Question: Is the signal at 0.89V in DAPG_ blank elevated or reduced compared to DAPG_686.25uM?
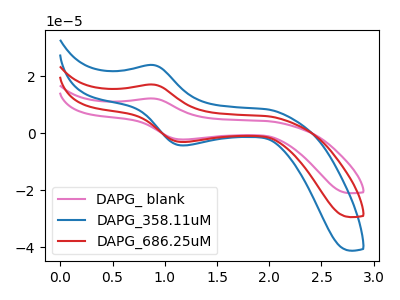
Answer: <think>The pink curve "DAPG_ blank" has an anodic peak at (0.90V, 12.25uA) and a cathodic peak at (1.15V, -2.15uA). The blue curve "DAPG_358.11uM" has an anodic peak at (0.90V, 34.30uA) and a cathodic peak at (1.15V, -6.10uA). The red curve "DAPG_686.25uM" has an anodic peak at (0.90V, 17.15uA) and a cathodic peak at (1.15V, -3.05uA).</think>
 <answer>The peak at 0.89V is lower in "DAPG_ blank" than in "DAPG_686.25uM".</answer>
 <eval>lower</eval>